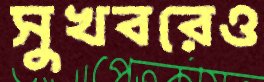
সুখবরেও